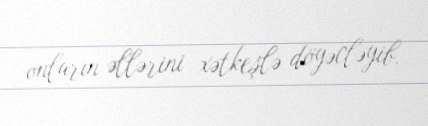
onların əllərini xətkeşlə döyəcləyib.